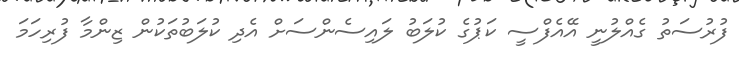
ފުރުސަތު ގެއްލުނީ އޭއެފްސީ ކަޕުގެ ކުލަބު ލައިސެންސަށް އެދި ކުލަބުތަކުން ޒިންމާ ފުރިހަމަ